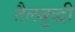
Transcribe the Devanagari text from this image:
तैलबुद्धी